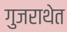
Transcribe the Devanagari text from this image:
गुजराथेत